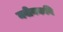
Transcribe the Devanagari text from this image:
नवीनकवि